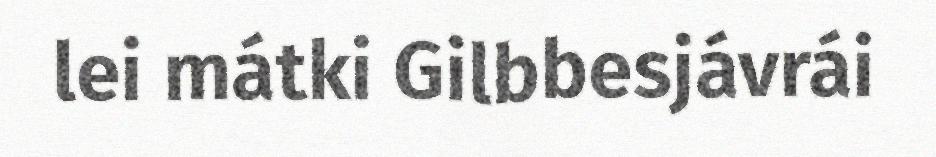
lei mátki Gilbbesjávrái